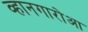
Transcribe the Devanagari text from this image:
व्हानगारोआ